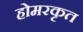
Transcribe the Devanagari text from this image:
होमरकृत